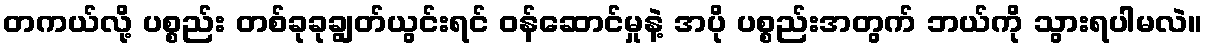
တကယ်လို့ ပစ္စည်း တစ်ခုခုချွတ်ယွင်းရင် ဝန်ဆောင်မှုနဲ့ အပို ပစ္စည်းအတွက် ဘယ်ကို သွားရပါမလဲ။